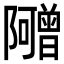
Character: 𬯣